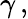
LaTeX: \gamma\, ,